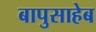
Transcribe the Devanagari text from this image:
बापुसाहेब